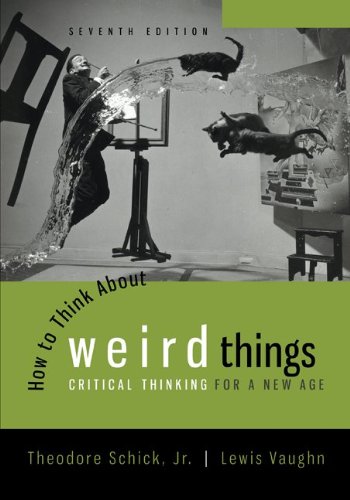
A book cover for How to Think About Weird Things: Critical Thinking for a New Age; Theodore Schick; Politics & Social Sciences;